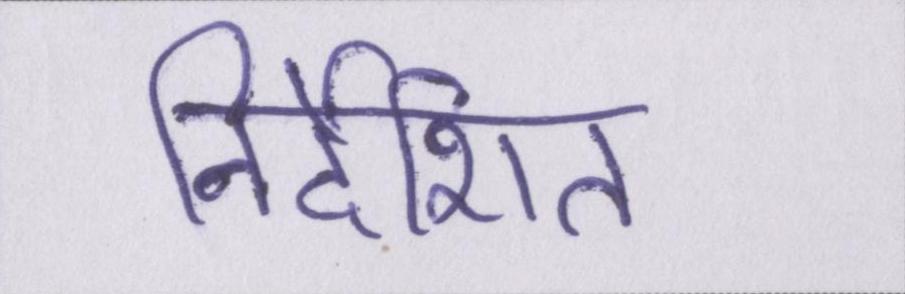
निर्देशित